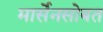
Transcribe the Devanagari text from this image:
मार्सेनसोबत